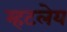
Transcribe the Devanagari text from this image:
म्हटलेय